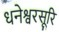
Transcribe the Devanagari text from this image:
धनेश्वरसूरि